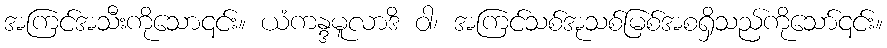
အကြင်အသီးကိုသော၎င်း။ ယံကန္ဒမူလာဒိ ဝါ၊ အကြင်သစ်အုသစ်မြစ်အစရှိသည်ကိုသော်၎င်း။